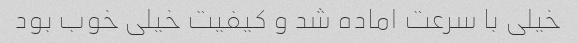
خیلی با سرعت اماده شد و کیفیت خیلی خوب بود